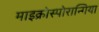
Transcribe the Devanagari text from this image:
माइक्रोस्पोरान्गिया